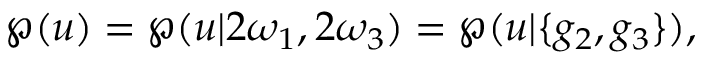
\wp ( u ) = \wp ( u | 2 \omega _ { 1 } , 2 \omega _ { 3 } ) = \wp ( u | \{ g _ { 2 } , g _ { 3 } \} ) ,